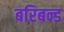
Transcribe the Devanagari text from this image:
बरिबन्ड